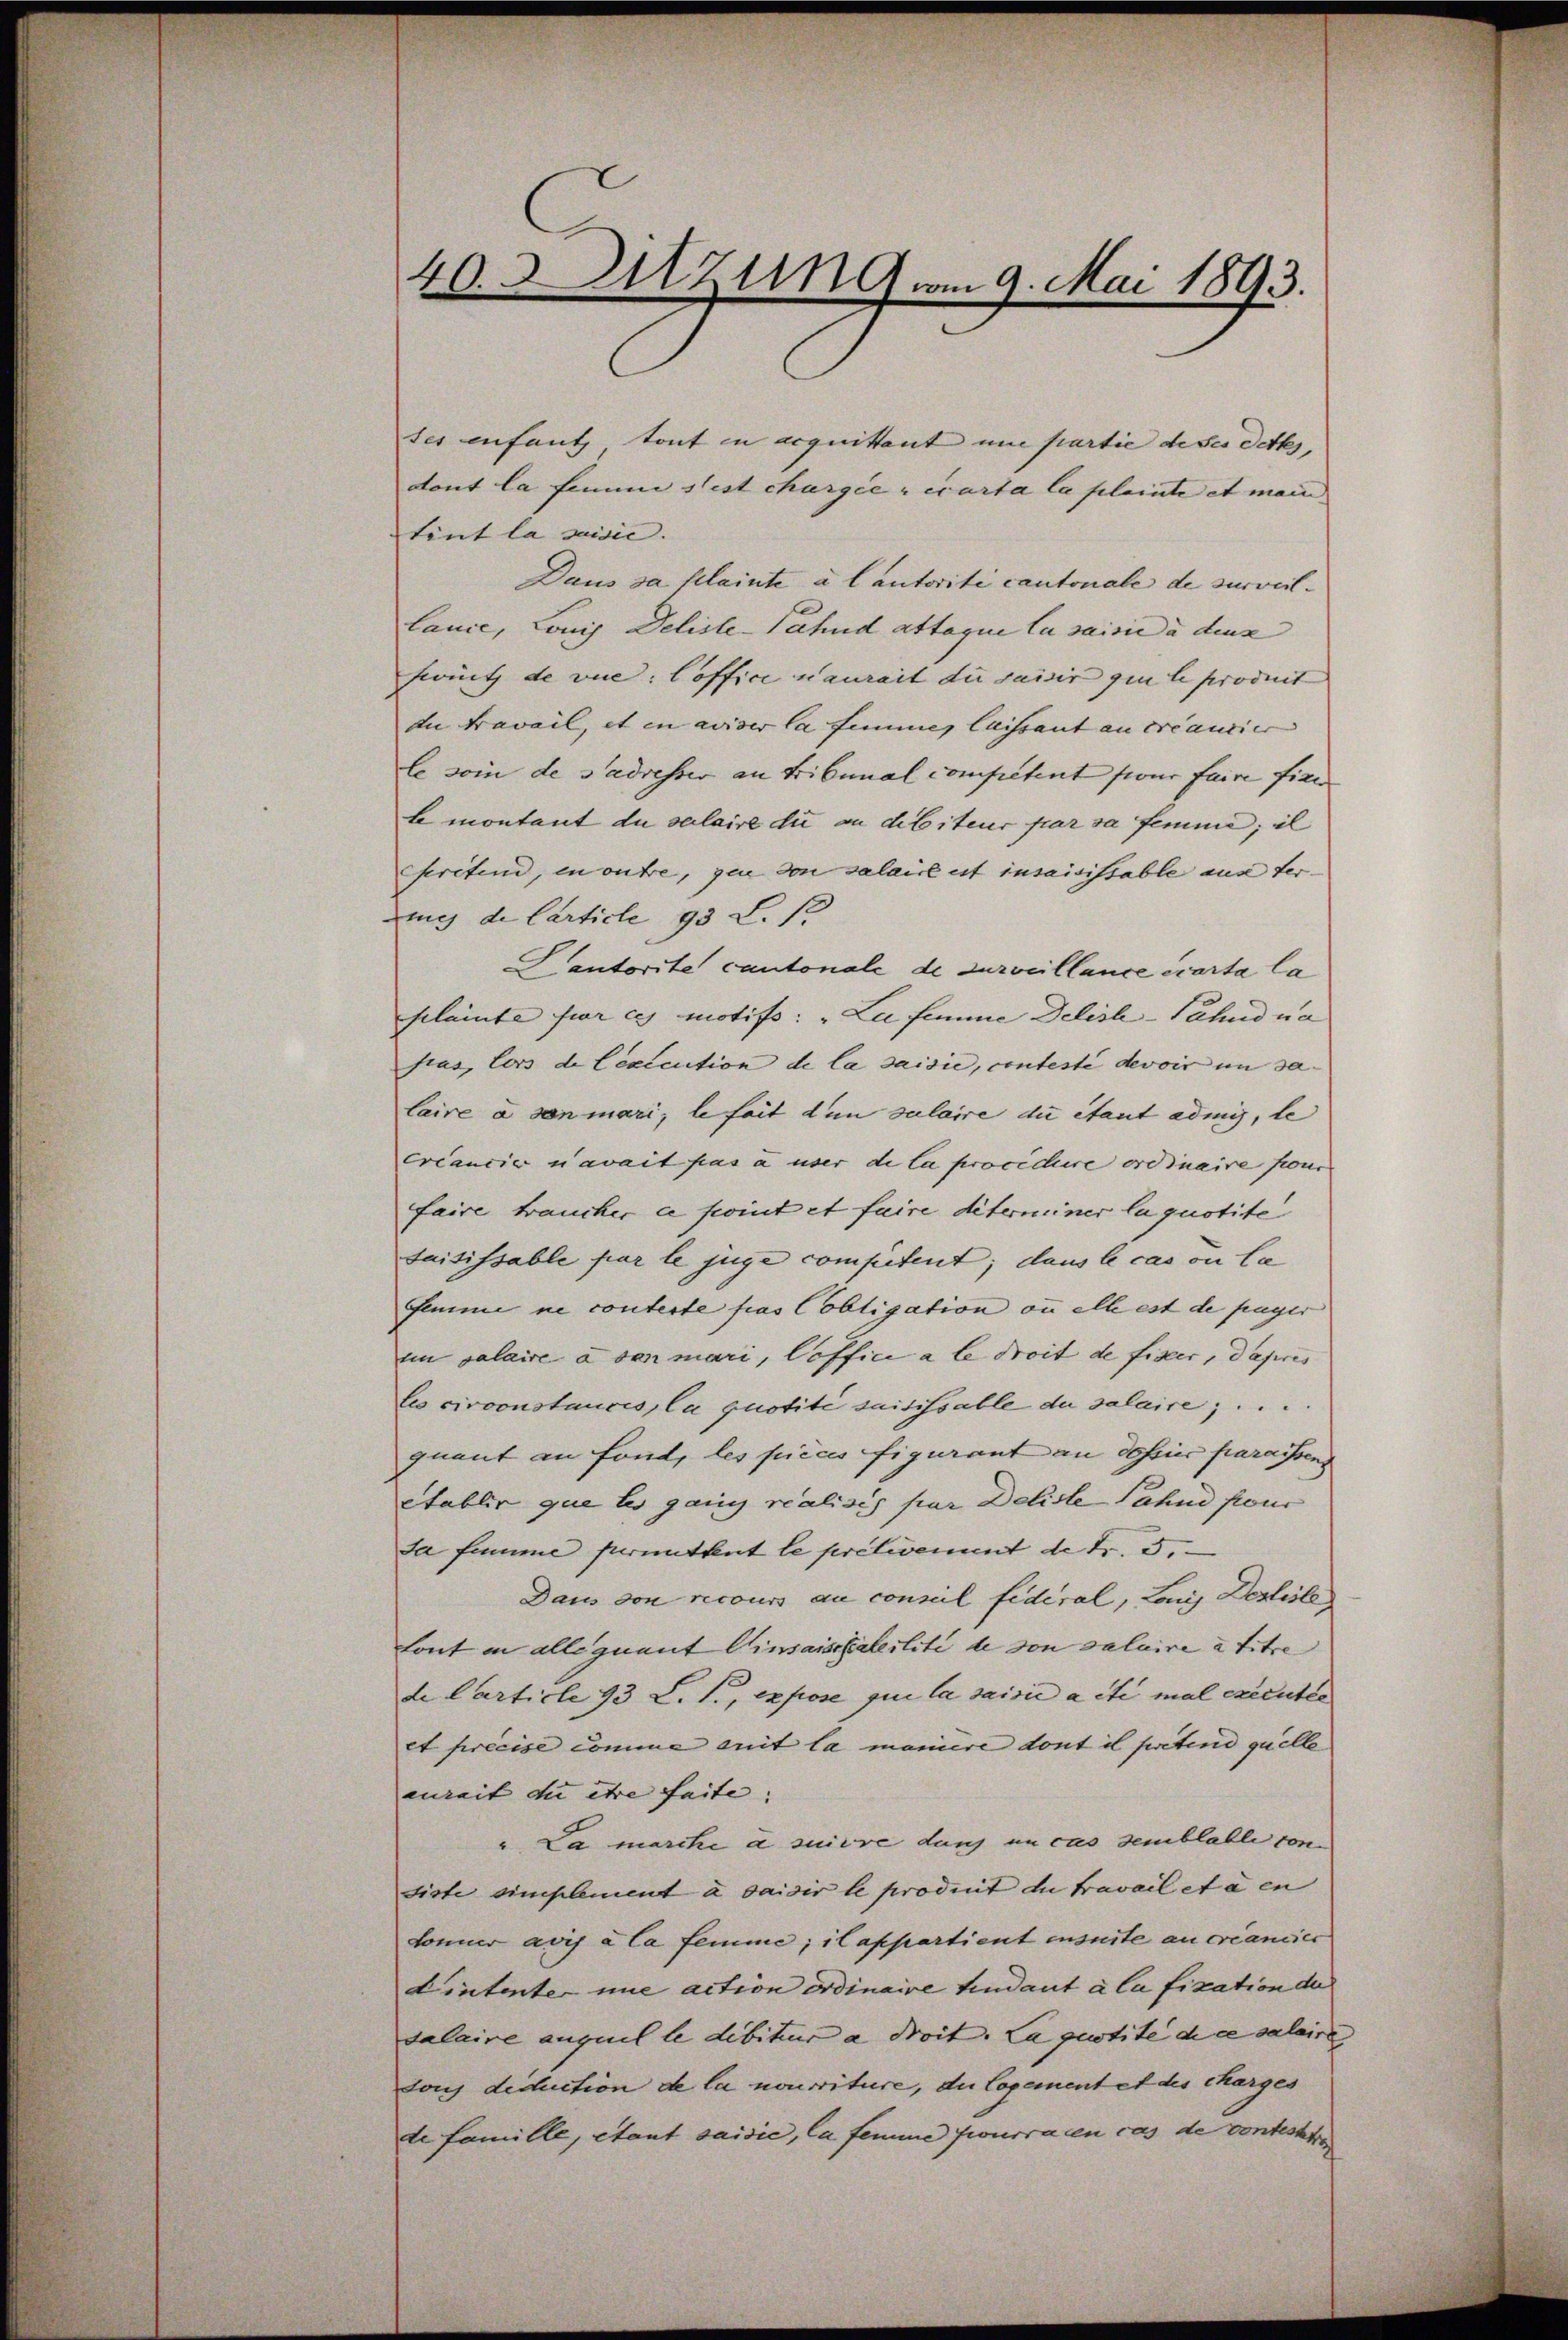
40.3itzung vom 9. Mai 1893.

ses enfant tout in acquittant une partie de sei dettes,
dont la femme sest chargie zecarta la plainte et mein |
tint la saisie. |
Daus da klainte a lautorité cantonale de surveillance, Lonis Deliste-Sahud attaque la saisi à deux
fritz de vue: loffice n’aurait die saisir qui le produit
In travail, et in aviser la femme, laissant au créancier |
le soin de s’adresser an Tribunal competent pour faire fienbmontant du solaire die an debiteur par sa femme; il
seretend, in outre, que von salaire est insaisistable aus der-
nic de Carticle 93 S. 12
Hautorite cantonale de surveillance écarta la
sclainte par ces motifs: „La femme Delisa-Sahndun
fias, lors de Lexecution de la saisie, contesté devoir im sa- |
laire à son mari, leseit den culaire die etaut admis, le
créancier navait pas a über di la prociclire ordinaire fond |
faire traucher ce point et faire diterminer la quotite
saisissable par le juge competent; dans le cas ou la
Semme ne conterte fras Cobligation an alle est de payer
im salaire à ven mari, Coffice a le droit de fixer, depris
les circonstances, la quotité saisissable de salaire ...
quant an Fond, les pièces figurant an dessier paraissend
etablir que les ganz realisch par Deliste Fahne pour
Ja fiume perinthent le prétivement de Fr. 5.
Dans von recours au conzil fidéral, Lois Desliste
font in alle quant Einsaischalerlite de von salaire a titre
de Carticle 93 L. S., expose qui la saisie a été mal exécutée
et précise comme mit la maniere dont il pretend quelle
aurait die être faite. |
"La marche a suivre durch in cas semblable con-
siste simplement à saisir le produit du travail et à en
donner avis à la femme; il appartient ensuite au créancier
Lintenter nie action ordinaire Lindant à la fixation de
dalaire auquel le debiteur a droit. La quotite die valaire
Louj deduction de la nourriture, die Copement et des charges
de famille, étant saisie, la femme fourra en cas de contestehe